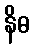
နိဓ